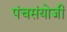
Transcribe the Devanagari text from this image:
पंचसंयोजी